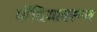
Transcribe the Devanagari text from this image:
गोंदियावरून